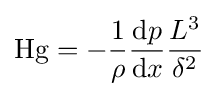
\mathrm {Hg} =-{\frac {1}{\rho }}{\frac {\mathrm {d} p}{\mathrm {d} x}}{\frac {L^{3}}{\delta ^{2}}}